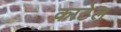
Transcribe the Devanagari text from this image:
काटेल